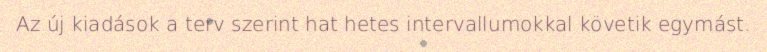
Az új kiadások a terv szerint hat hetes intervallumokkal követik egymást.